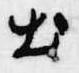
出